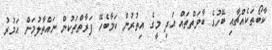
ކާބޯތަކެއްޗާއި ބޭހުގެ ބާވަތްތައް އަދި މީގެ އިތުރުން ކަމާބެހޭ ފަރާތްތަކުން ނައްތާލުމަށް އަމުރު